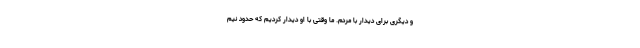
و دیگری برای دیدار با مردم. ما وقتی با او دیدار کردیم که حدود نیم